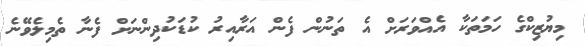
މިޔުޒިކްގެ ހަމަތަކާ އެއްވަރަށް އެ ތަނުން ފެން އަރާއިރު ކުޑަކުދިންނަށް ފެނާ ތެމިލެވޭނެ